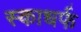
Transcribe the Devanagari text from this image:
स्काधर्फ